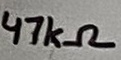
Text: 47kΩ